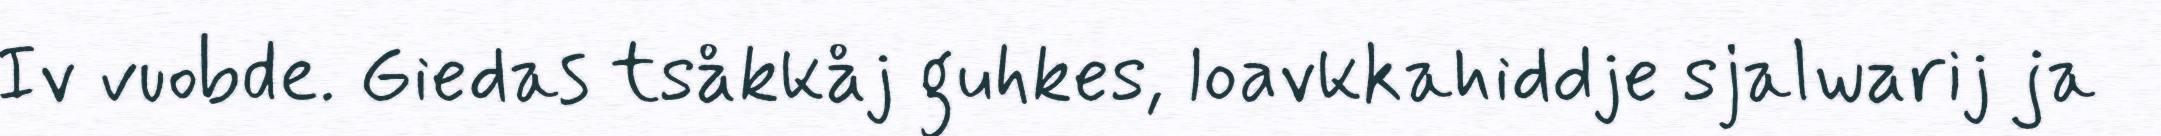
Iv vuobde. Giedas tsåkkåj guhkes, loavkkahiddje sjalwarij ja